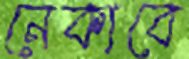
নেকাবে